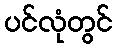
ပင်လုံတွင်